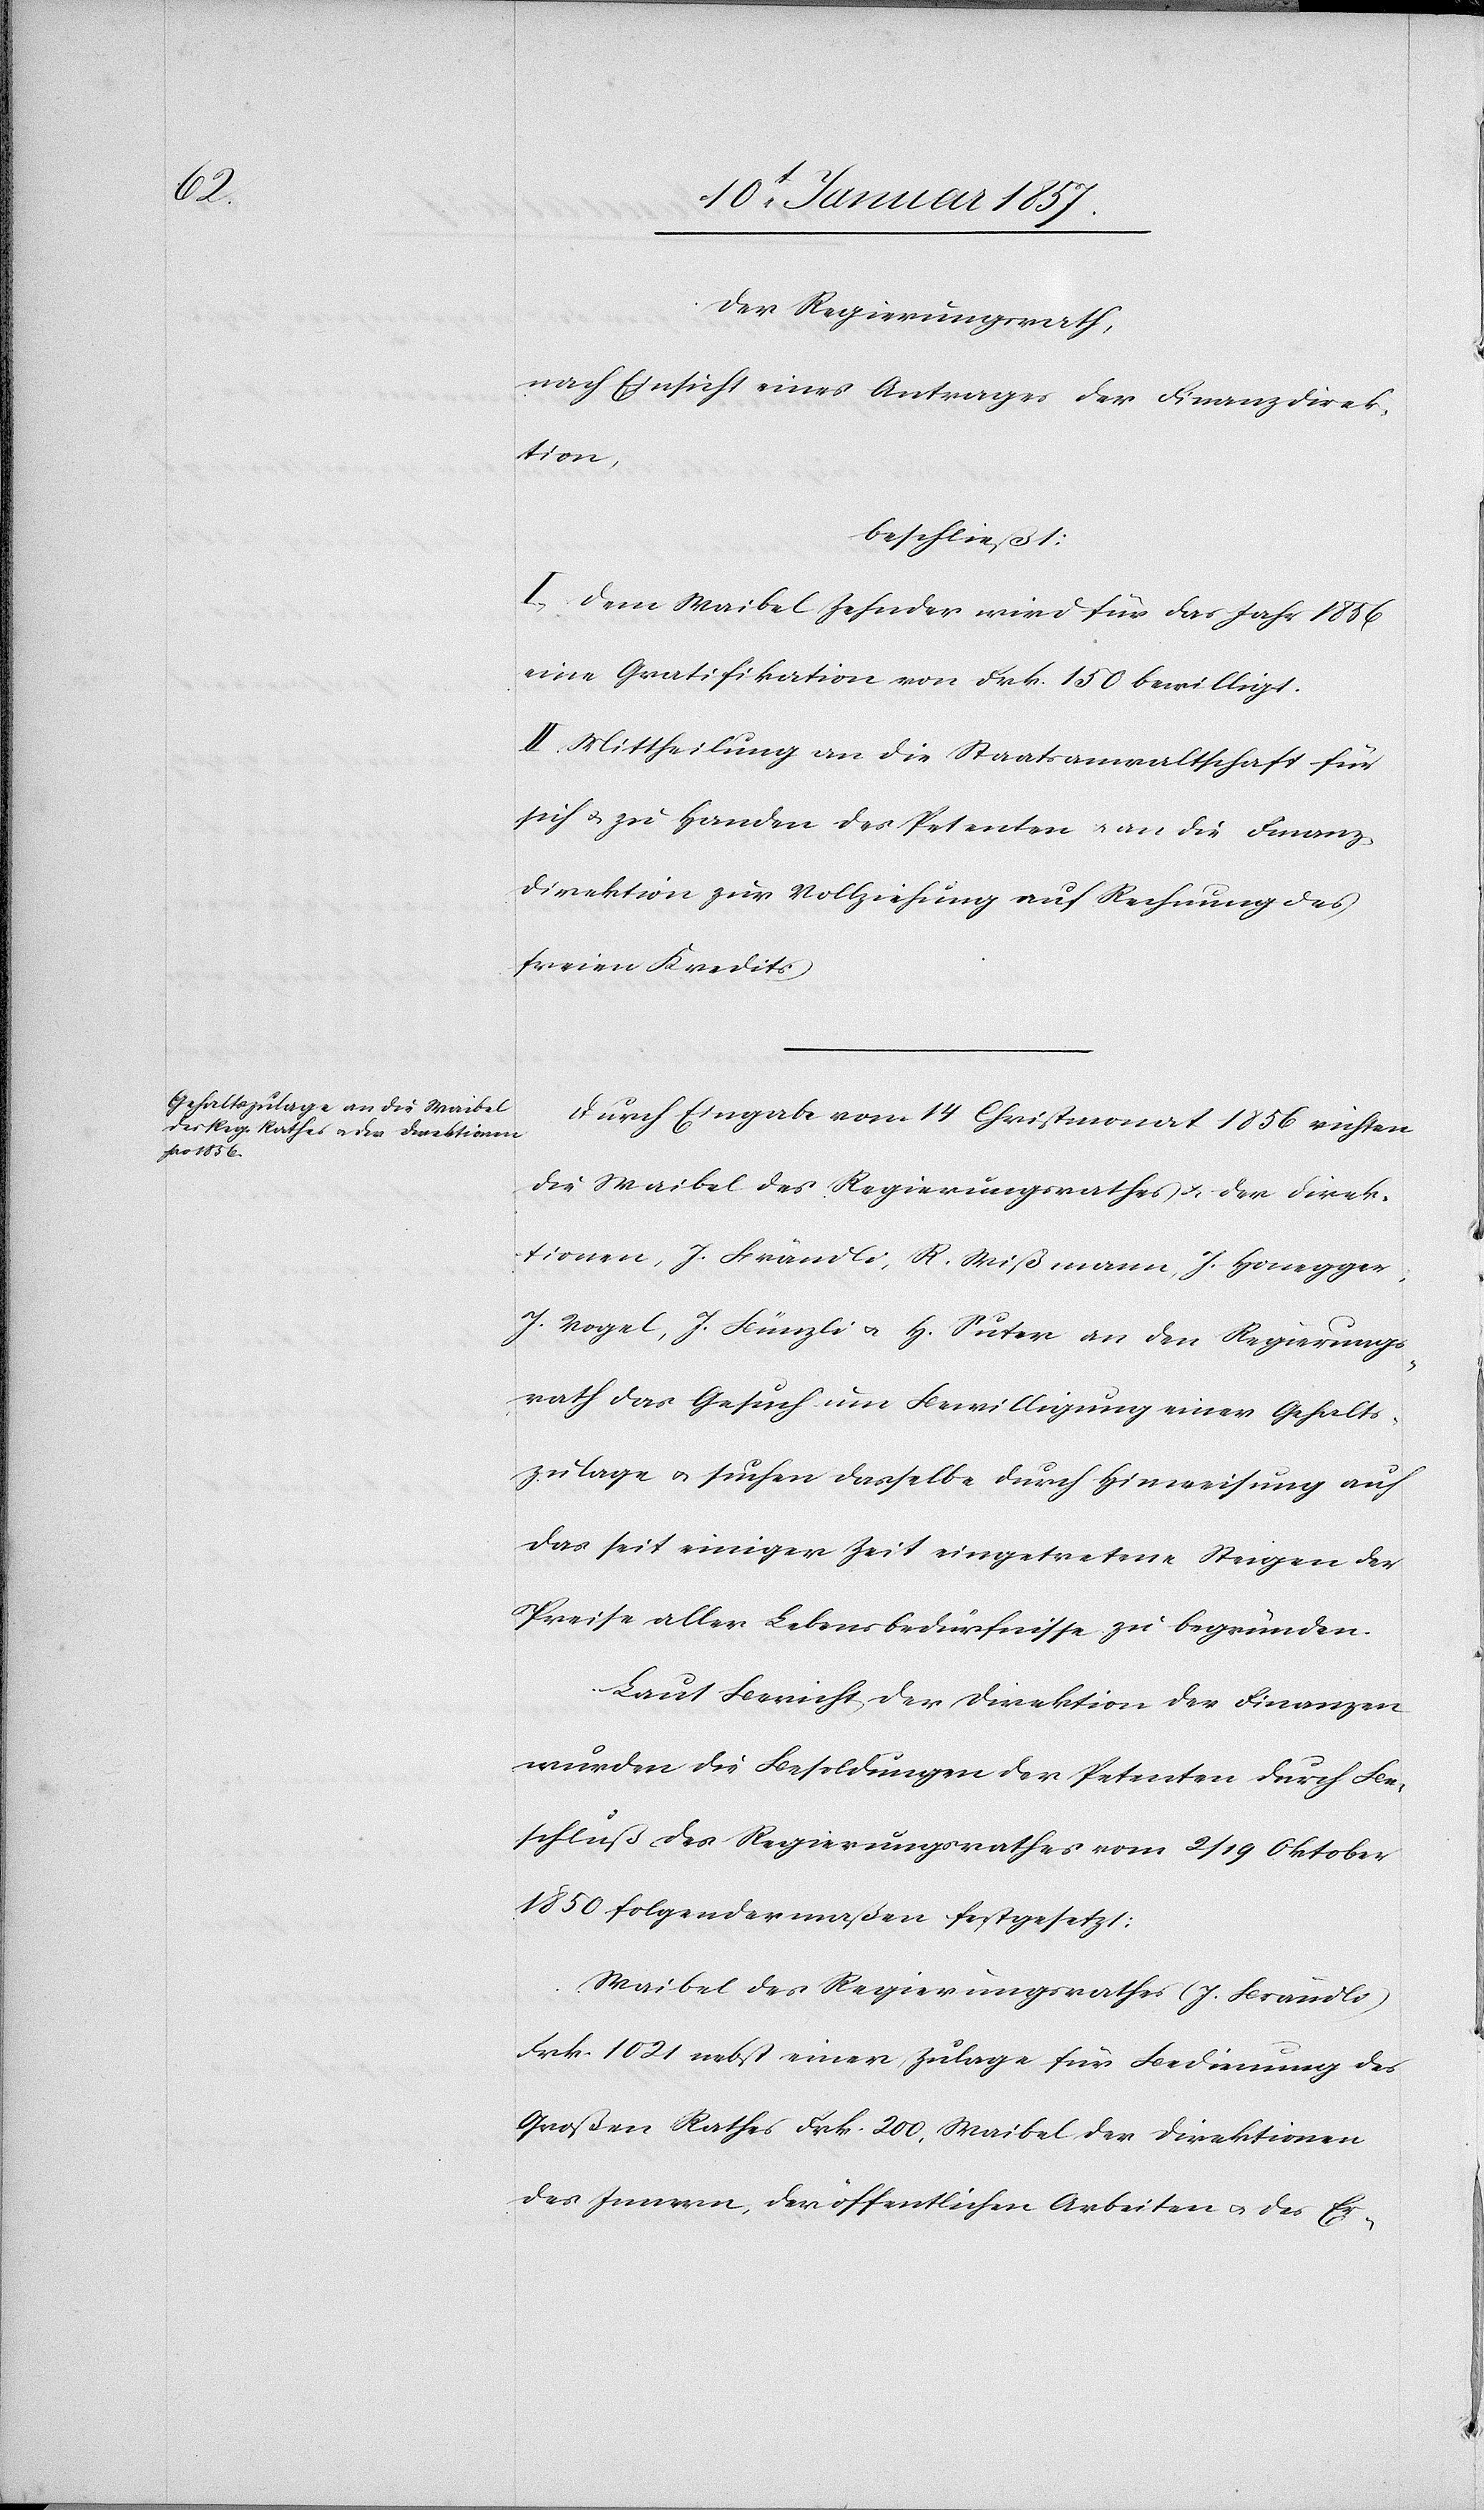
Der Regierungsrath,
nach Einsicht eines Antrages der Finanzdirek¬
tion,
beschließt:
I. Dem Waibel Zehnder wird für das Jahr 1856
eine Gratifikation von Frk. 150 bewilligt.
II. Mittheilung an die Staatsanwaltschaft für
sich u. zu Handen des Petenten u. an die Finanz¬
direktion zur Vollziehung auf Rechnung des
freien Kredits.
Durch Eingabe vom 14 Christmonat 1856 richten
die Waibel des Regierungsrathes & der Direk¬
tionen, J. Brändli, R. Wißmann, J. Honegger,
J. Vogel, J. Bünzli u. H. Suter an den Regierungs¬
rath das Gesuch um Bewilligung einer Gehalts¬
zulage u. suchen dasselbe durch Hinweisung auf
das seit einiger Zeit eingetretene Steigen der
Preise aller Lebensbedürfnisse zu begründen.
Laut Bericht der Direktion der Finanzen
wurden die Besoldungen der Petenten durch Be¬
schluß des Regierungsrathes vom 2/19 Oktober
1850 folgendermaßen festgesetzt:
Waibel des Regierungsrathes (J. Brändli)
Frk. 1021 nebst einer Zulage für Bedienung des
Großen Rathes Frk. 200, Waibel der Direktionen
des Innern, der öffentlichen Arbeiten u. des Er-